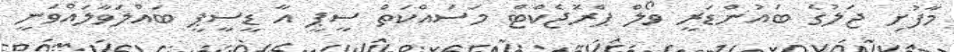
މާފުށި ޖަލުގެ ބައުންޑަރީ ވޯލް ޕްރޮޖެކްޓް މަސައްކަތް ސީޕީ އާ ޑީސީޕީ ބައްލަވާލައްވަނީ